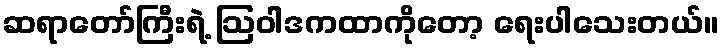
ဆရာတော်ကြီးရဲ့ ဩဝါဒကထာကိုတော့ ရေးပါသေးတယ်။